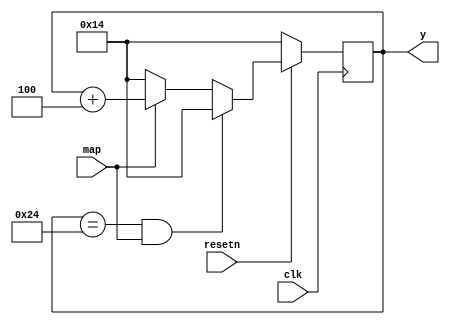
module y_update_1(input map,input clk, input resetn, output reg [7:0] y);


 always@(posedge clk)
 if(resetn == 1'b0)
 y <= 8'd20;
 else if(y == 8'd36 && map)
 y <= 8'd20;
 else if(map)
 y <= y + 3'd4;
 else if (!map) y <= 8'd20;
endmodule